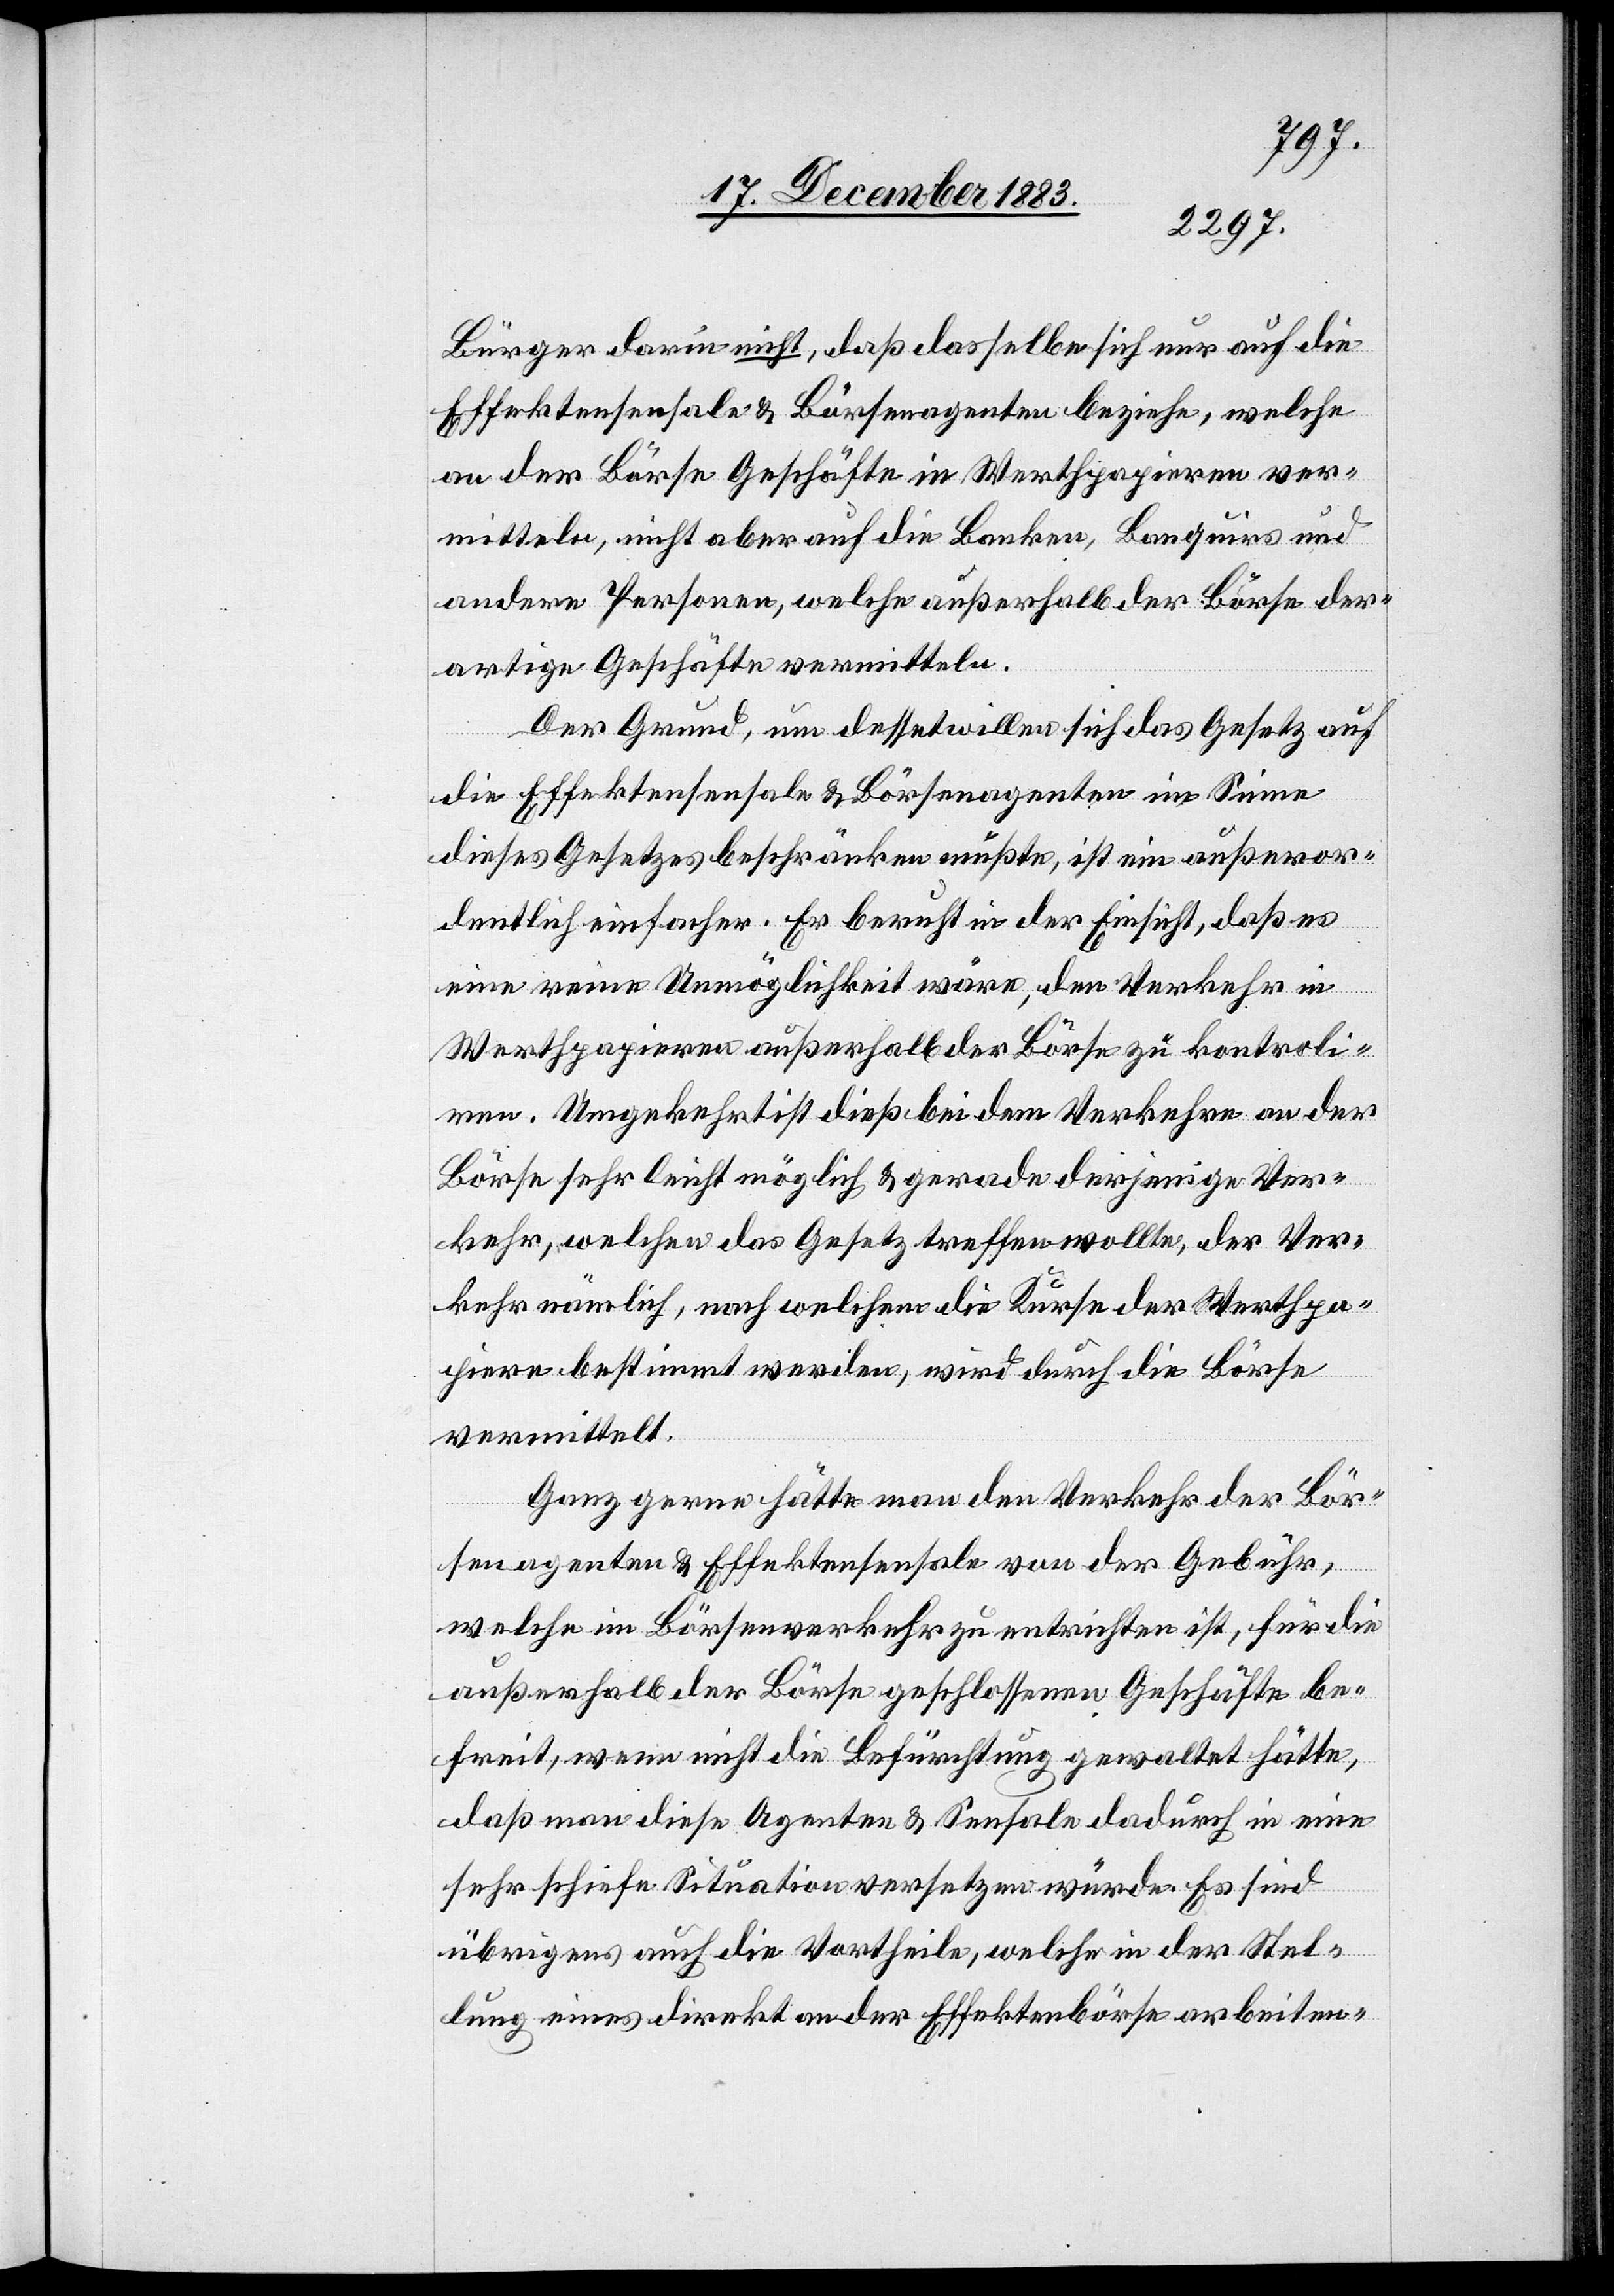
Bürger darin nicht, daß dasselbe sich nur auf die
Effektensensale & Börsenagenten beziehe, welche
an der Börse Geschäfte in Werthpapieren ver¬
mitteln, nicht aber auf die Banken, Banquirs und
andere Personen, welche außerhalb der Börse der¬
artige Geschäfte vermitteln.
Der Grund, um dessentwillen sich das Gesetz auf
die Effektensensale & Börsenagenten im Sinne
dieses Gesetzes beschränken mußte, ist ein außeror¬
dentlich einfacher. Er beruht in der Einsicht, daß es
eine reine Unmöglichkeit wäre, den Verkehr in
Werthpapieren außerhalb der Börse zu kontroli¬
ren. Umgekehrt ist dieß bei dem Verkehre an der
Börse sehr leicht möglich & gerade derjenige Ver¬
kehr, welchen das Gesetz treffen wollte, der Ver¬
kehr nämlich, nach welchem die Kurse der Werthpa¬
piere bestimmt werden, wird durch die Börse
vermittelt.
Ganz gerne hätte man den Verkehr der Bör¬
senagenten & Effektensensale von der Gebühr,
welche im Börsenverkehr zu entrichten ist, für die
außerhalb der Börse geschlossenen Geschäfte be¬
freit, wenn nicht die Befürchtung gewaltet hätte,
daß man diese Agenten & Sensale dadurch in eine
sehr schiefe Situation versetzen würde. Es sind
übrigens auch die Vortheile, welche in der Stel¬
lung eines direkt an der Effektenbörse arbeiten-